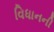
વિધાનની